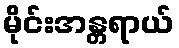
မိုင်းအန္တရာယ်